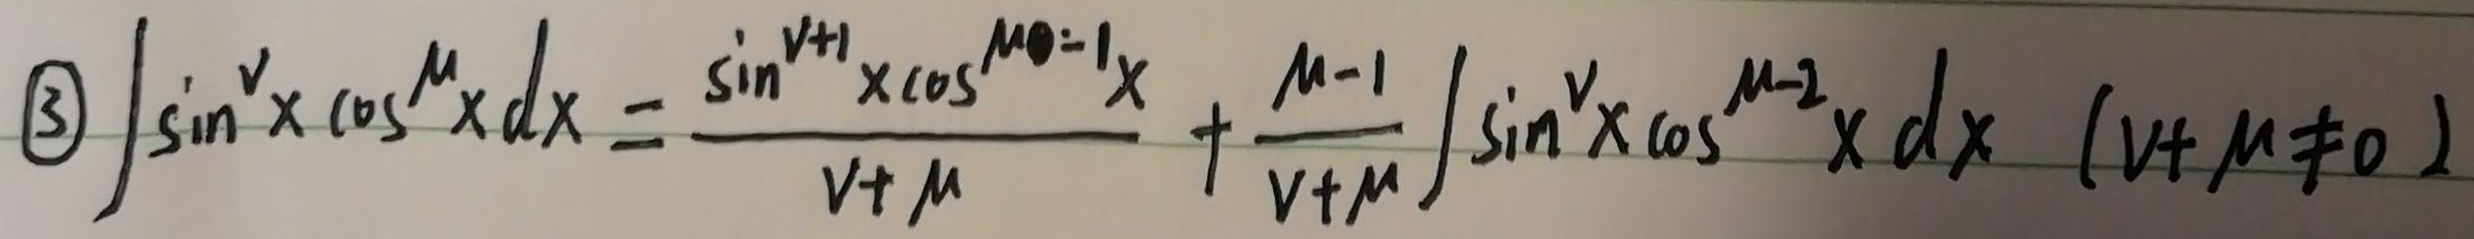
\textcircled{3}\(\int\sin^{v}x\cos^{\mu}x dx=\frac{\sin^{v + 1}x\cos^{\mu - 1}x}{v+\mu}+\frac{\mu - 1}{v+\mu}\int\sin^{v}x\cos^{\mu - 2}x dx\ (v+\mu\neq0)\)